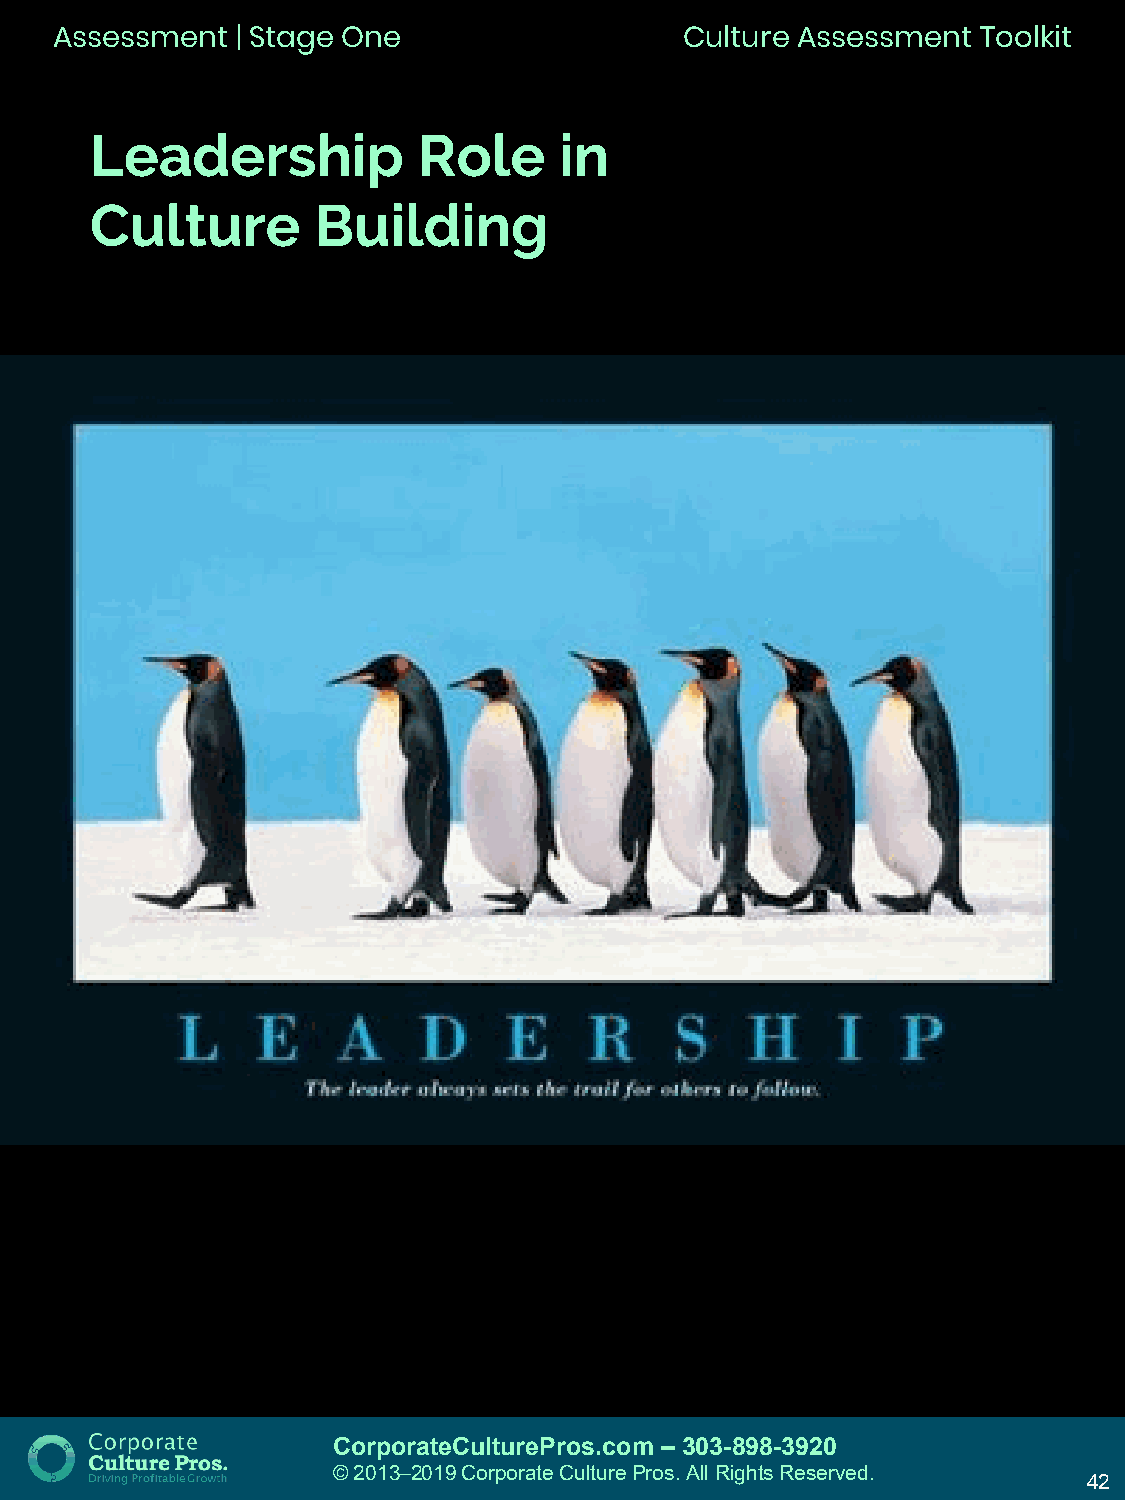
Assessment   | Stage One                  Culture Assessment  Toolkit
 Leadership            Role     in
 Culture        Building
 CorporateCulturePros.com – 303-898-3920
 © 2013─2019 Corporate Culture Pros. All Rights Reserved.
 42